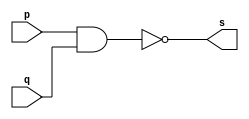
// ------------------------- 
// Exercicio0001 - NAND 
// Nome: Fabio Fiuza Pereira
// ------------------------- 
// ------------------------- 
// -- NAND gate 
// ------------------------- 
module nandgate ( output s, 
input p, 
input q); 
assign s = ~(p & q); 
endmodule // nandgate 
// --------------------- 
// -- test NAND gate 
// --------------------- 
module testnandgate; 
// ------------------------- dados locais 
reg a, b; // definir registradores 
wire s; // definir conexao (fio) 
// ------------------------- instancia 
nandgate NAND1 (s, a, b); 
// ------------------------- preparacao 
initial begin:start 
// atribuicao simultanea 
// dos valores iniciais 
a=0; b=0; 
end 
// ------------------------- parte principal 
initial begin 
$display("Exemplo0001 -Fabio Fiuza Pereira - 406087"); 
$display("NAND gate"); 
$display("\na & b = s\n"); 
a=0; b=0; 
#1 $display("%b & %b = %b", a, b, s); 
a=0; b=1; 
#1 $display("%b & %b = %b", a, b, s); 
a=1; b=0; 
#1 $display("%b & %b = %b", a, b, s); 
a=1; b=1; 
#1 $display("%b & %b = %b", a, b, s); 
end 
endmodule // testnandgate